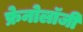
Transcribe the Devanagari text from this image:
फ्रेनोलॉजी